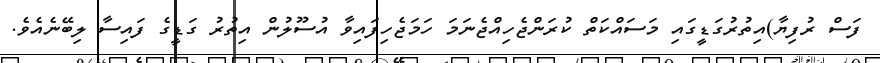
ފަސް ރުފިޔާ)އިތުރުގަޑީގައި މަސައްކަތް ކުރަންޖެހިއްޖެނަމަ ހަމަޖެހިފައިވާ އުސޫލުން އިތުރު ގަޑީގެ ފައިސާ ލިބޭނެއެވެ.